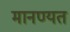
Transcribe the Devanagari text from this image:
मानण्यत